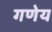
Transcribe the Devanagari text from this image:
गणेय